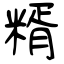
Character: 糈